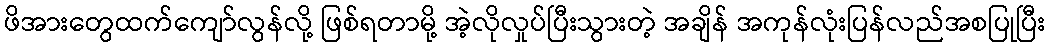
ဖိအားတွေထက်ကျော်လွန်လို့ ဖြစ်ရတာမို့ အဲ့လိုလှုပ်ပြီးသွားတဲ့ အချိန် အကုန်လုံးပြန်လည်အစပြုပြီး